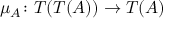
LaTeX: \mu _ { A } \colon T ( T ( A ) ) \to T ( A )